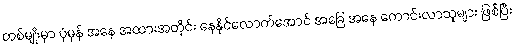
တစ်မျိုးမှာ ပုံမှန် အနေ အထားအတိုင်း နေနိုင်လောက်အောင် အခြေ အနေ ကောင်းလာသူများ ဖြစ်ပြီး